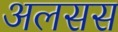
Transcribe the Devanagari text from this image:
अलसस